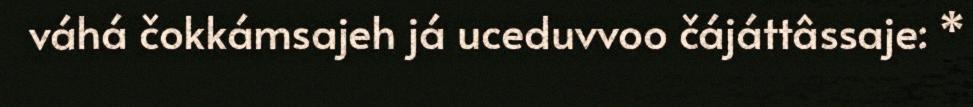
váhá čokkámsajeh já uceduvvoo čájáttâssaje: *